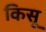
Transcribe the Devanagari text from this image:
किसू